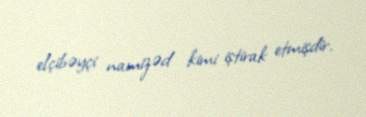
elçibəyçi namizəd kimi iştirak etmişdir.